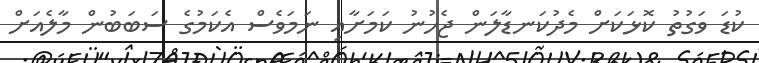
ކުޑަ ވަގުތު ކޮޅަކަށް މެދުކަނޑާލަން ޖެހުނު ކަމަށާއި ނަމަވެސް އެކަމުގެ ސަބަބުން މާލެއަށް